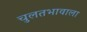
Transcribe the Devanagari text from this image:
चुलतभावाला